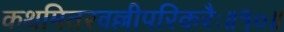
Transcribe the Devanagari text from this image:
कथमितरवल्लीपरिकरैः॥१०॥